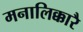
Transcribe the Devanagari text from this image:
मनालिक्कारै